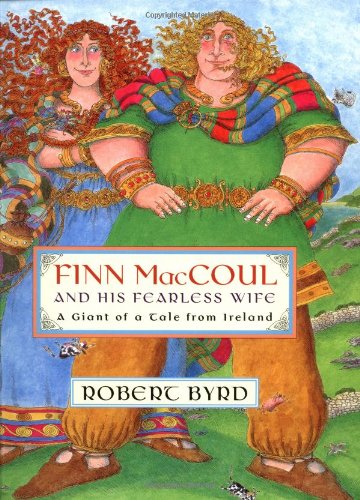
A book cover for Finn MacCoul and His Fearless Wife: A Giant of a Tale from Ireland; Anonymous; Children's Books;